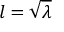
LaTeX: l = { \sqrt { \lambda } }